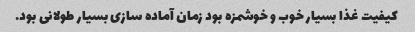
کیفیت غذا بسیار خوب و خوشمزه بود زمان آماده سازی بسیار طولانی بود.